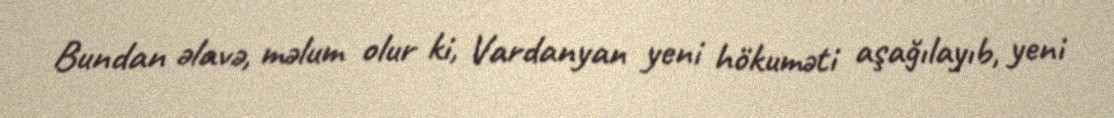
Bundan əlavə, məlum olur ki, Vardanyan yeni hökuməti aşağılayıb, yeni